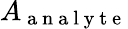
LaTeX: A_{\mathrm{~a~n~a~l~y~t~e~}}